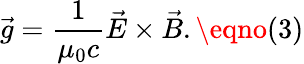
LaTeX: \vec{g}=\frac{1}{\mu_{0}c}\vec{E}\times\vec{B}.\eqno(3)